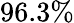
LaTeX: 96.3\%